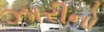
ઝારીનો